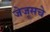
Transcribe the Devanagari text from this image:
जेजूसचे